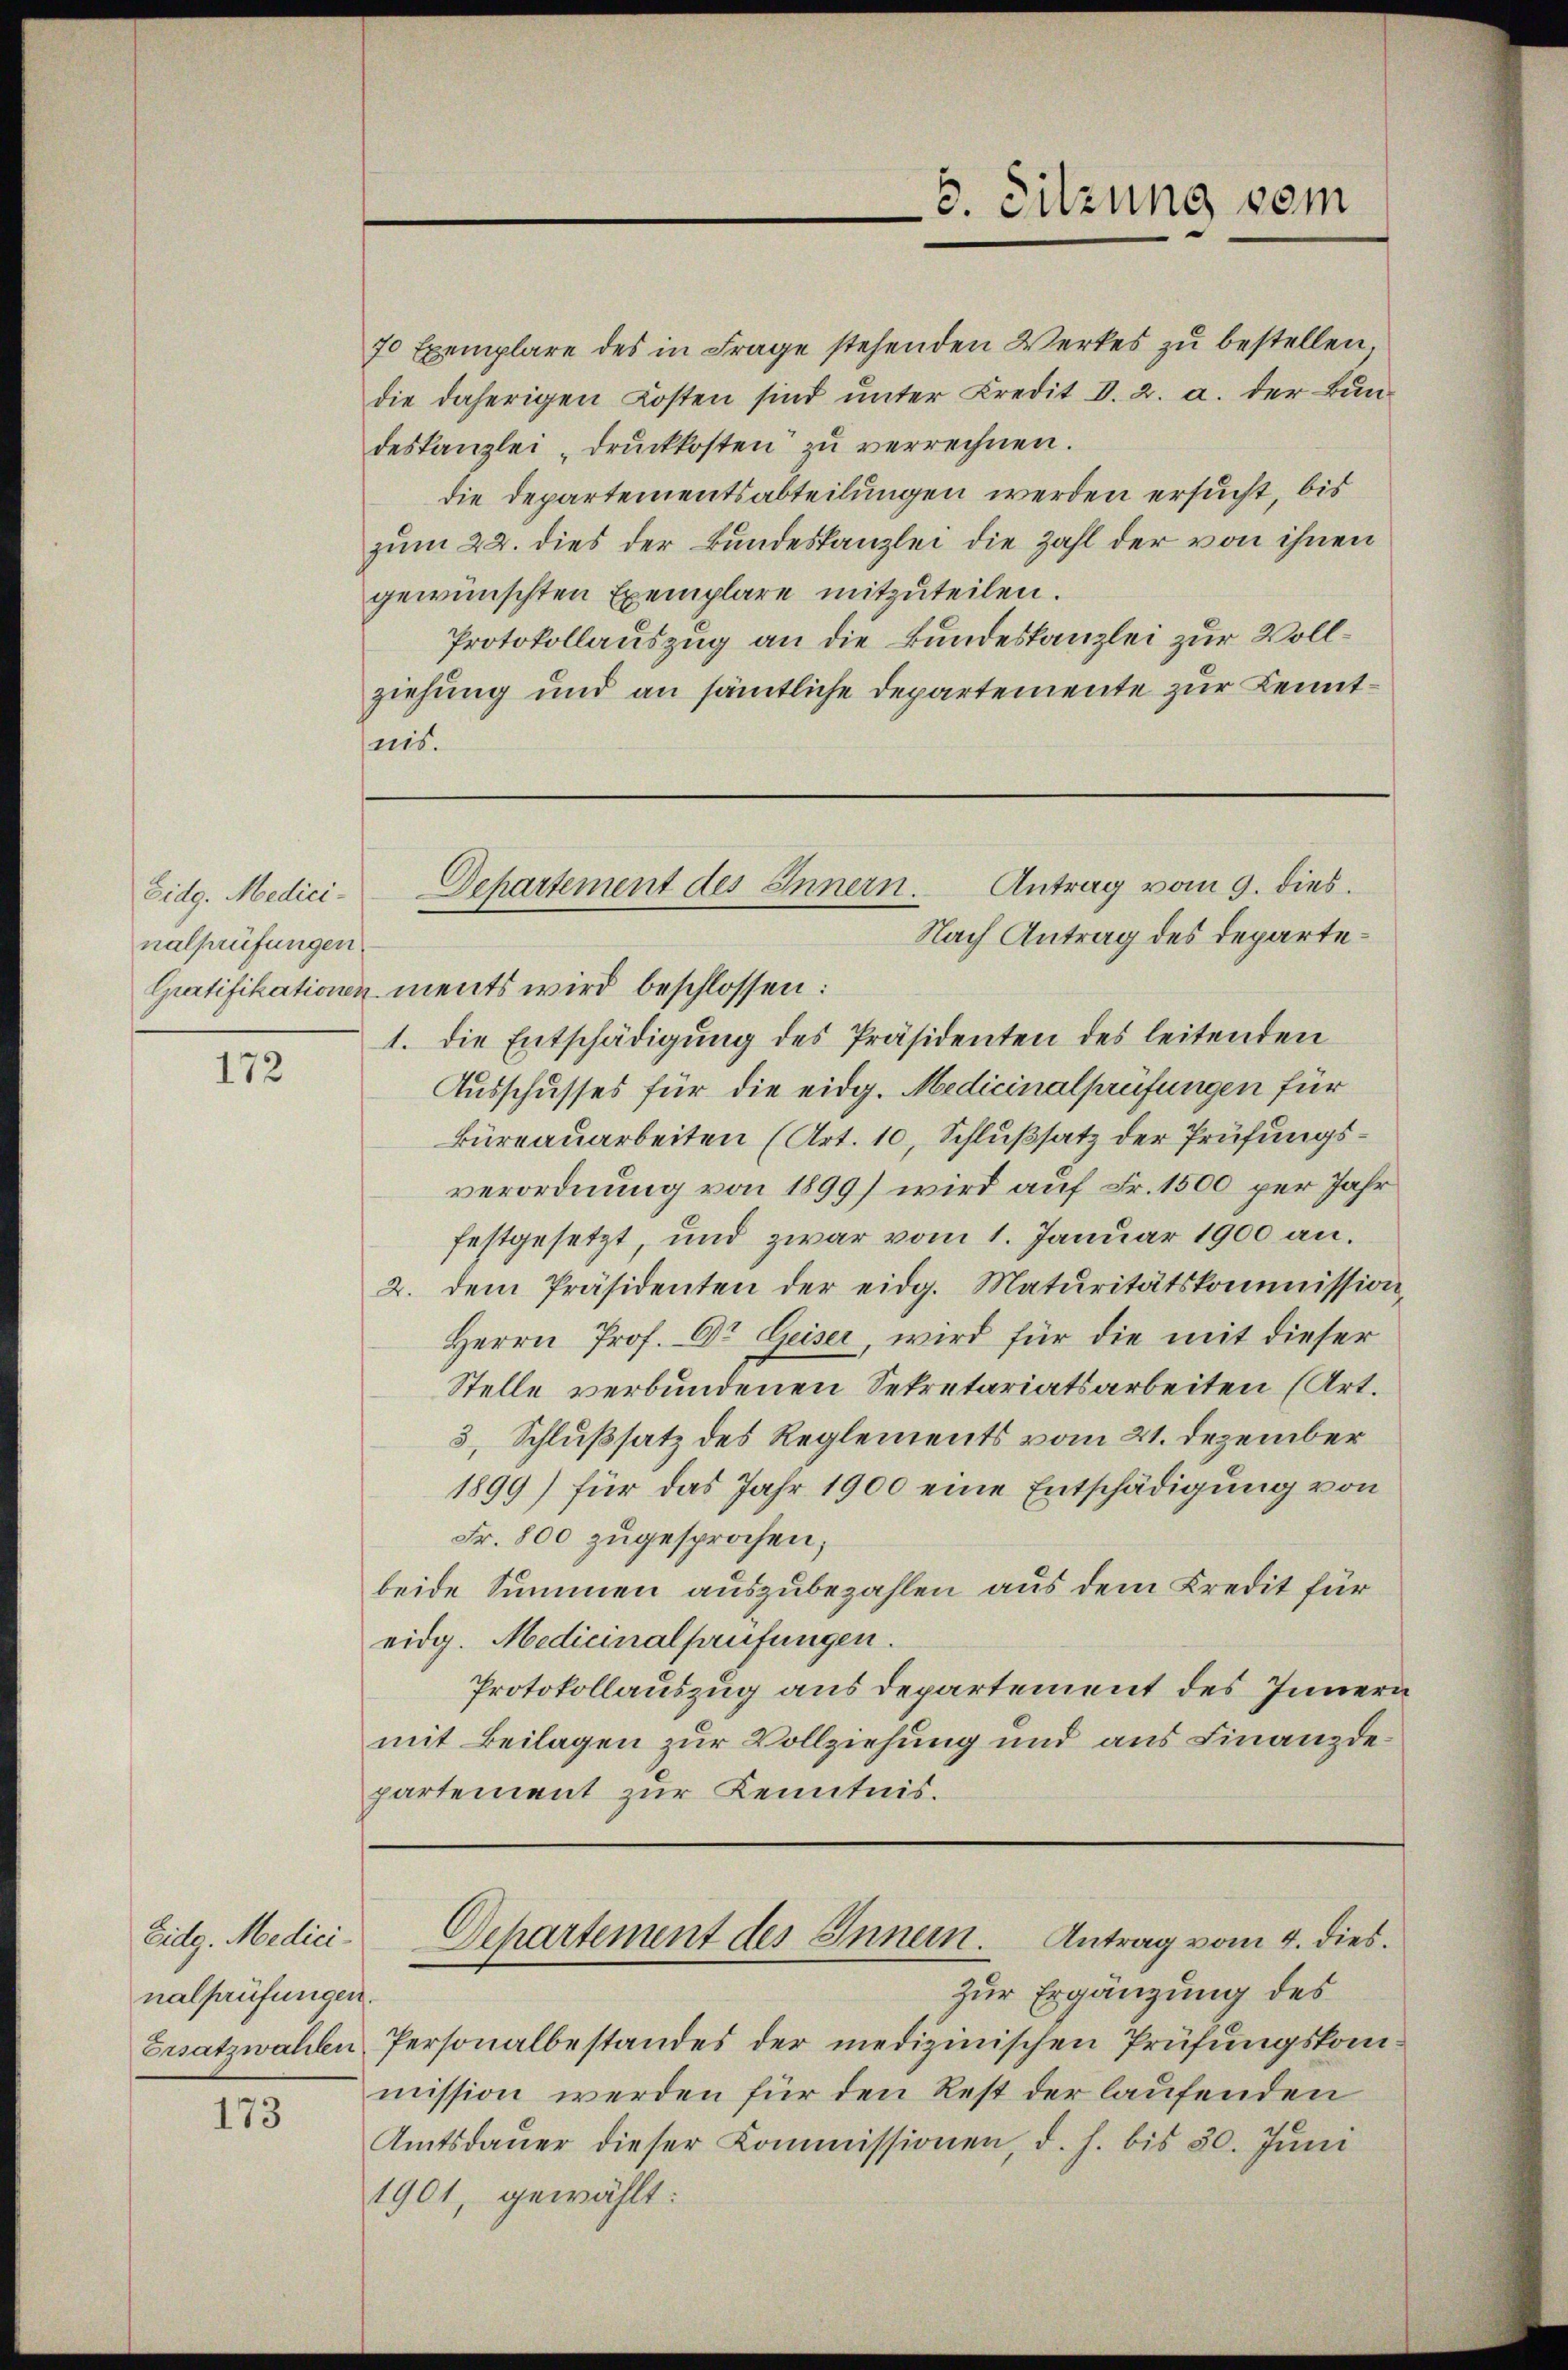
Eidg. Medicinalprüfungen

172

70 Exemplare des in Frage stehenden Werkes zŭ bestellen,
die daherigen Kosten sind unter Kredit d. 2. a. der Bundeskanzlei "drŭckkosten zŭ verrechnen.
die Departementsabteilungen werden ersucht, bis
zum 22. dies der Bundeskanzlei die Zahl der von ihnen
gewünschten Exemplare mitzuteilen.
Protokollauszug an die Bundeskanzlei zur Vollziehung und an sämtliche Departemente zur Kenntnis.

Eidg. Medici
nalprüfungen.
Ersatzwahlen

173

Gratifikationen ments wird beschlossen:
1. Die Entschädigung des Präsidenten des leitenden
Ausschusses für die eidg. Medicinalprüfungen für
Büreauarbeiten (Art. 10, Schlußsatz der Prüfungsverordnung von 1899) wird auf Fr. 1500 per Jahr
festgesetzt, und zwar vom 1. Januar 1900 an.
2. dem Präsidenten der eidg. Maturitätskommission,
Herrn Prof. Dr. Geiser, wird für die mit dieser
Stelle verbundenen Sekretariatsarbeiten (Art.
3. Schlußsatz des Reglements vom 21. Dezember
1899) für das Jahr 1900 eine Entschädigung von
Fr. 800 zugesprochen,
beide Summen auszubezahlen aus dem Kredit für
eidg. Medicinalprüfungen.
Protokollauszug aus departement des Innern
mit Beilagen zur Vollziehung und aus Finanzdepartement zur Kenntnis.

8. Sitzung dem

Antrag vom 9. dies
Departement des Innern.
Nach Antrag des Departe¬

Zur Ergänzung des
Personalbestandes der medizinischen Prüfungskommission werden für den Rest der laufenden
Amtsdaŭer dieser Kommissionen, d. h. bis 20. Jŭni
1901, gewählt:

Departement des Inner. Antrag vom 4. dies